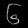
Digit: ၆